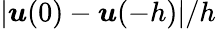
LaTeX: |\boldsymbol{u}(0)-\boldsymbol{u}(-h)|/h